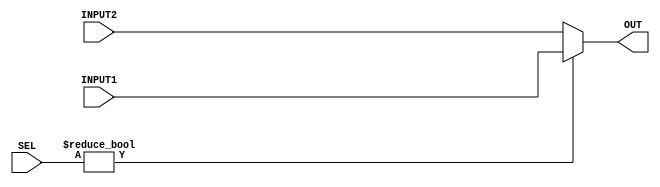
`timescale 1ns / 1ps
//////////////////////////////////////////////////////////////////////////////////
// Company: 
// Engineer: 
// 
// Design Name: 
// Module Name: Mux
// Project Name: 
// Target Devices: 
// Tool Versions: 
// Description: 
// 
// Dependencies: 
// 
// Revision:
// Revision 0.01 - File Created
// Additional Comments:
// 
//////////////////////////////////////////////////////////////////////////////////


module Mux_5(
    input [4:0] INPUT1,
    input [4:0] INPUT2,
    input [4:0] SEL,
    output [4:0] OUT    
    );    
    assign OUT= SEL ? INPUT1:INPUT2;
endmodule

module Mux_32(
    input [31:0] INPUT1,
    input [31:0] INPUT2,
    input [31:0] SEL,
    output [31:0] OUT  
);
    assign OUT= SEL ? INPUT1:INPUT2;
endmodule